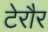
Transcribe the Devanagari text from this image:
टेरौर